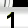
Digit: 1